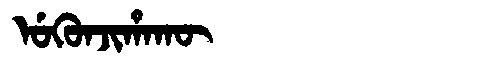
Manchu: ᡠᡴᡠᠨᠵᡳᡥᠠᡴᡡ
Romanization: UKUNJIHAKŪ